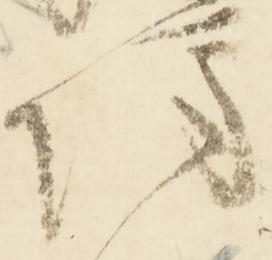
坊